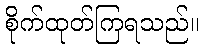
စိုက်ထုတ်ကြရသည်။